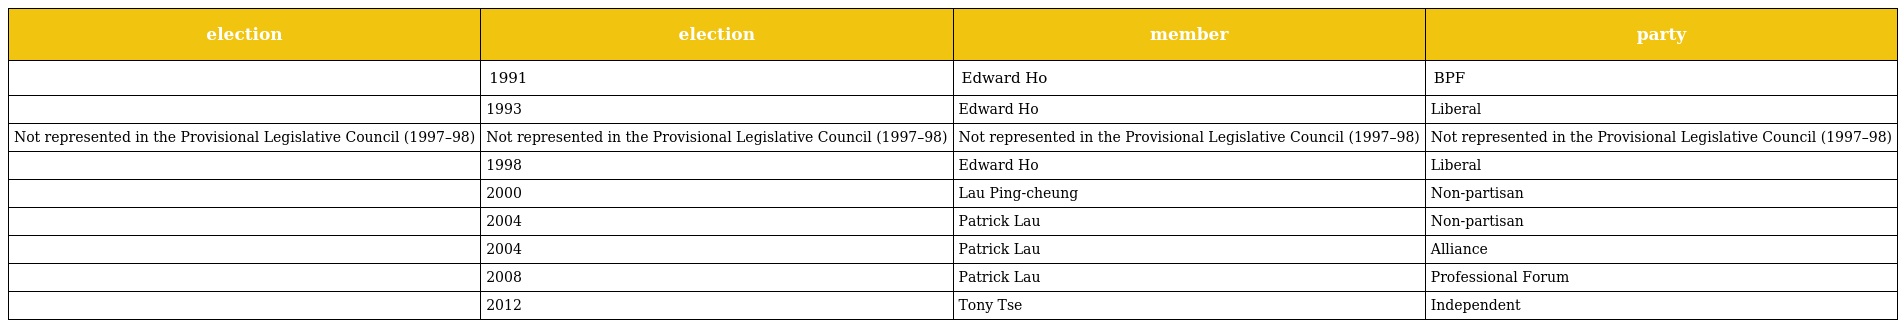
| election | election | member | party |
 | --- | --- | --- | --- |
 |  | 1991 | Edward Ho | BPF |
 |  | 1993 | Edward Ho | Liberal |
 | Not represented in the Provisional Legislative Council (1997–98) | Not represented in the Provisional Legislative Council (1997–98) | Not represented in the Provisional Legislative Council (1997–98) | Not represented in the Provisional Legislative Council (1997–98) |
 |  | 1998 | Edward Ho | Liberal |
 |  | 2000 | Lau Ping-cheung | Non-partisan |
 |  | 2004 | Patrick Lau | Non-partisan |
 |  | 2004 | Patrick Lau | Alliance |
 |  | 2008 | Patrick Lau | Professional Forum |
 |  | 2012 | Tony Tse | Independent |